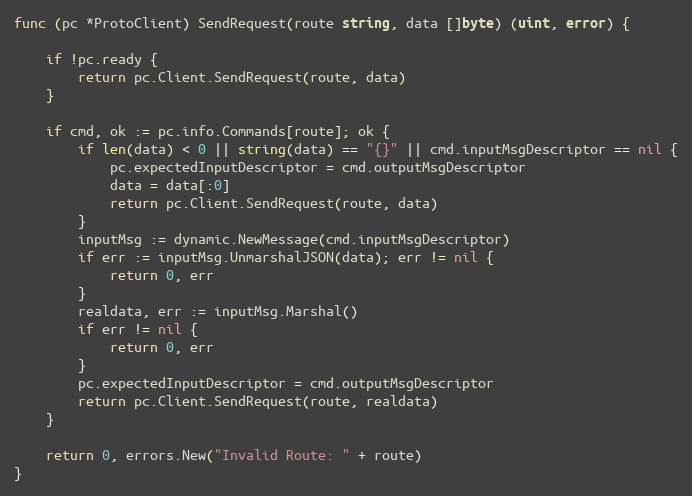
Language: Go
func (pc *ProtoClient) SendRequest(route string, data []byte) (uint, error) {

	if !pc.ready {
		return pc.Client.SendRequest(route, data)
	}

	if cmd, ok := pc.info.Commands[route]; ok {
		if len(data) < 0 || string(data) == "{}" || cmd.inputMsgDescriptor == nil {
			pc.expectedInputDescriptor = cmd.outputMsgDescriptor
			data = data[:0]
			return pc.Client.SendRequest(route, data)
		}
		inputMsg := dynamic.NewMessage(cmd.inputMsgDescriptor)
		if err := inputMsg.UnmarshalJSON(data); err != nil {
			return 0, err
		}
		realdata, err := inputMsg.Marshal()
		if err != nil {
			return 0, err
		}
		pc.expectedInputDescriptor = cmd.outputMsgDescriptor
		return pc.Client.SendRequest(route, realdata)
	}

	return 0, errors.New("Invalid Route: " + route)
}